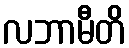
လဘာမီတိ